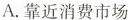
A. 靠近消费市场